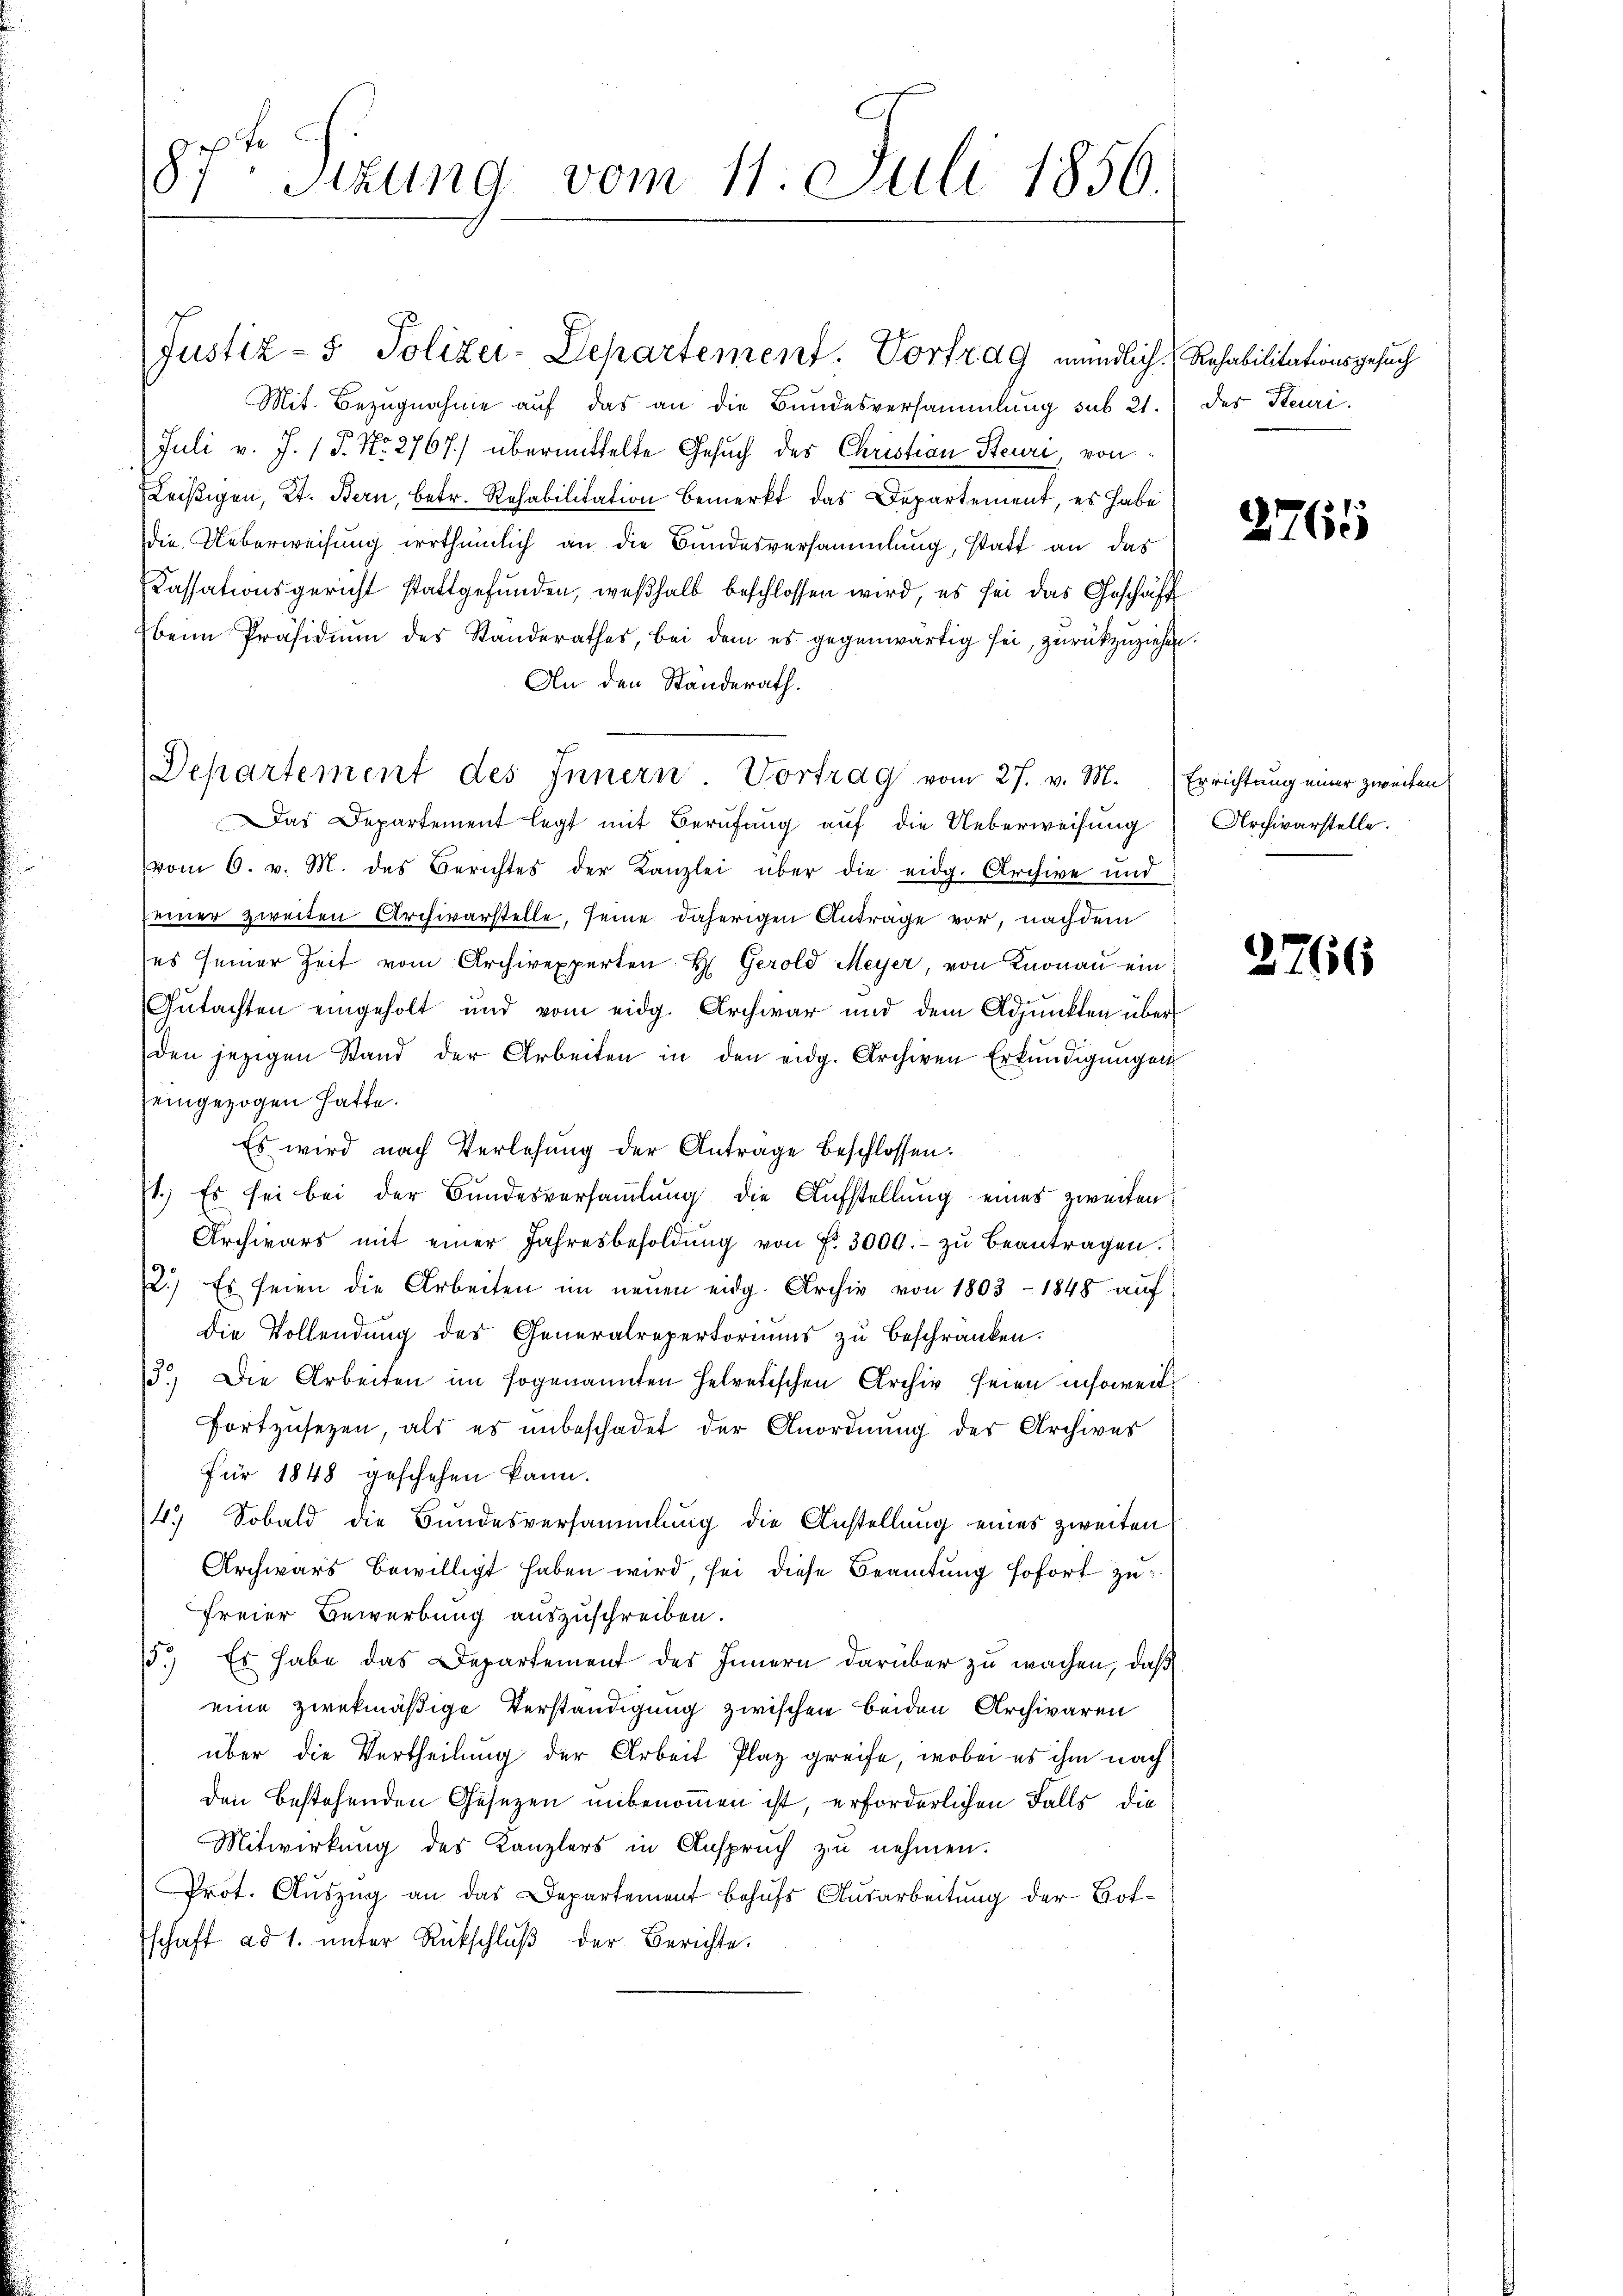
87ten Sizung vom 11. Juli 1856.

Justiz- & Polizei-Departement. Vortrag mündlich.
Mit Bezugnahme auf das an die Bundesversammlung sub 21. des Steuri
Juli v. J. P. Nr. 2767) übermittelte Gesuch des Christian Steuri, von
Leistigen, Kt. Bern, betr. Rehabilitation bemerkt das Departement, es habe
die Ueberweisung irrtheinlich an die Bundesversammlung, statt an das
Kassationsgericht stattgefunden, weßhalb beschlossen wird, es sei das Geschäft
beim Präsidium des Standerathes, bei dem es gegenwärtig sei, zurückzuziehen.
An den Ständerath.
Das Departement legt mit Berufung auf die Ueberweisung
vom 6. v. M. das Berichtes der Kanzlei über die eidg. Archive und
seiner zweiten Archivarstelle, seine daherigen Antrage vor, nachdem
es seiner Zeit vom Archivexperten H. Gerold Meyer, von Knonau ein
Gutachten eingeholt und vom eidg. Archivar und dem Adjunkten über
den jetzigen Stand der Arbeiten in den eidg. Archiven Erkundigungen
zeingezogen hatte.
Es wird nach Verlesung der Antrage beschlossen:
(1.) Es sei bei der Bundesversammlung die Aufstellung eines zweiten
Archivars mit einer Jahresbesoldŭng von f. 3000.- zŭ beantragen.
2.) Es seien die Arbeiten im neŭen eidg. Archiv von 1803 - 1848 auf
Die Vollendung des Generalrepertoriums zu beschränken.
3.) Die Arbeiten im sogenannten Helvetischen Archiv seien insoweit
fortzusetzen, als es unbeschadet der Anordnung des Archives
für 1848 geschehen kann.
4. Sobald die Bundesversammlung die Anstellung eines zweiten
Archwars bewilligt haben wird, sei diese Beamtŭng sofort zu
freier Bewerbung auszuschreiben.
15.) Es habe das Departement des Innern darüber zu wachen, daß
eine zwekmäßige Verständigung zwischen beiden Archivaren
über die Vertheilung der Arbeit Plaz greife, wobei es ihm nach
den bestehenden Gesezen unbenommen ist, erforderlichen Falls die
Mitwirkung des Kanzlers in Anspruch zu nehmen.
Prot. Auszug an das Departement behufs Ausarbeitung der Botschaft ad 1. unter Rückschlŭβ der Berichte.

Departement des Innern Vortrag vom 27. v. M.

Rehabilitationsgesuch

2765

Errichtung einer zweiten.
Archivarstelle.

2766